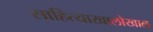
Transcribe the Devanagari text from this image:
साहित्याखालोखाल